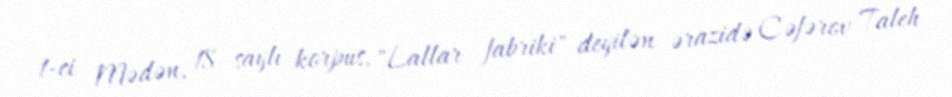
1-ci Mədən, 18 saylı korpus, "Lallar fabriki" deyilən ərazidə Cəfərov Taleh